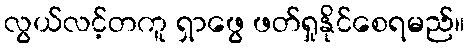
လွယ်လင့်တကူ ရှာဖွေ ဖတ်ရှုနိုင်စေရမည်။